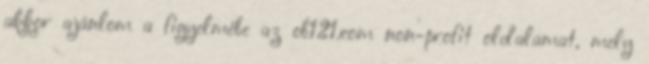
akkor ajánlom a figyelmébe az ob121.com non-profit oldalamat, mely